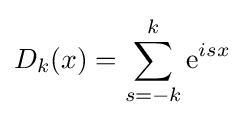
D_{k}(x)=\sum _{s=-k}^{k}{\rm {e}}^{isx}